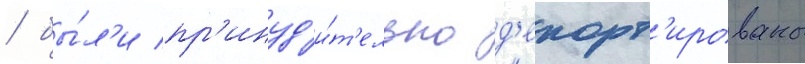
/ бы́л'и пр'инуд'и́т'ельно д'епорт'ированы